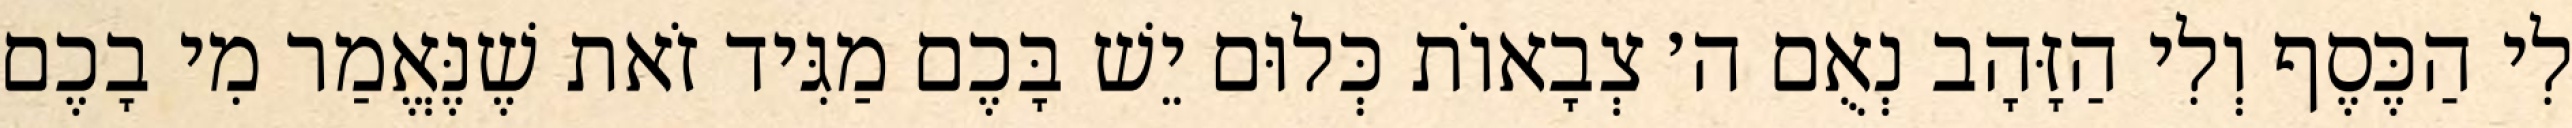
לִי הַכֶּסֶף וְלִי הַזָּהָב נְאֻם ה׳ צְבָאוֹת כְּלוּם יֵשׁ בָּכֶם מַגִּיד זֹאת שֶׁנֶּאֱמַר מִי בָכֶם